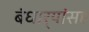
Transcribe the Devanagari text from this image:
बंधार्‍यांसह